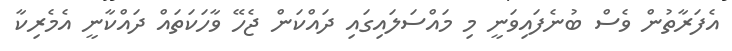
އެފަރާތުން ވެސް ބުނެފައިވަނީ މި މައްސަލައިގައި ދައްކަން ޖެހޭ ވާހަކަތައް ދައްކާނީ އެމެރިކާ